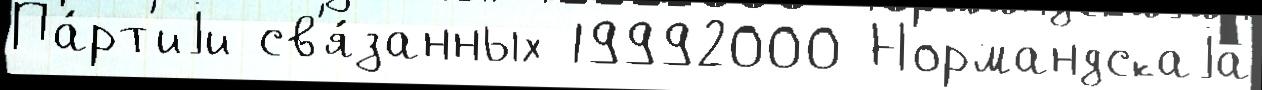
Па́рт'иjи св'я́занных 19992000 Нормандскаjа